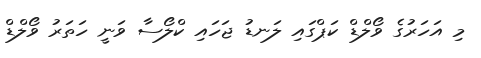
މި އަހަރުގެ ވޯލްޑް ކަޕްގައި ލަނޑު ޖަހައި ކްލޯސާ ވަނީ ހަތަރު ވޯލްޑް